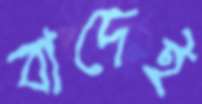
বাদেই